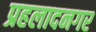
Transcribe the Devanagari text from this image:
प्रहलादनगर